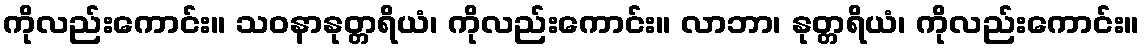
ကိုလည်းကောင်း။ သဝနာနုတ္တရိယံ၊ ကိုလည်းကောင်း။ လာဘာ၊ နုတ္တရိယံ၊ ကိုလည်းကောင်း။